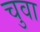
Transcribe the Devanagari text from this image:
चुवा